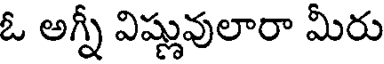
ఓ అగ్నీ విష్ణువులారా మీరు